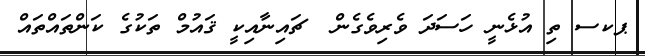
ޕކސ ތި އުޅެނީ ހަސަދަ ވެރިވެގެން  ޗައިނާއިކީ ޤައުމް ތަކުގެ ކަންތައްތައް